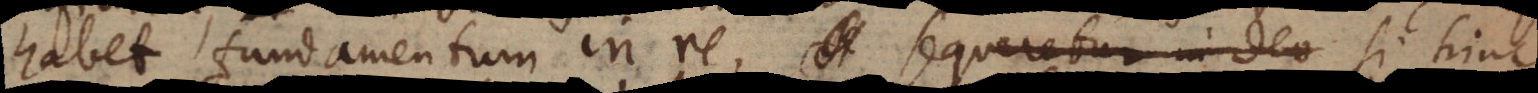
habet fundamentum in re, sequeretur in Deo si hinc